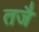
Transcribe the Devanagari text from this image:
तजै